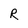
Character: R